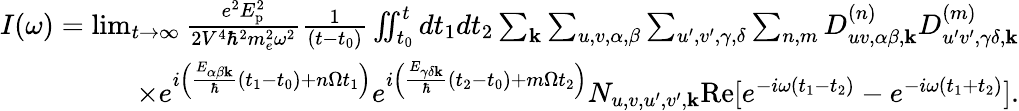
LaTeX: \begin{array}{r}{I(\omega)=\operatorname*{lim}_{t\rightarrow\infty}\frac{e^{2}E_{\textrm{p}}^{2}}{2V^{4}\hbar^{2}m_{e}^{2}\omega^{2}}\frac{1}{(t-t_{0})}\iint_{t_{0}}^{t}dt_{1}dt_{2}\sum_{\mathbf{k}}\sum_{u,v,\alpha,\beta}\sum_{u^{\prime},v^{\prime},\gamma,\delta}\sum_{n,m}D_{uv,\alpha\beta,\mathbf{k}}^{(n)}D_{u^{\prime}v^{\prime},\gamma\delta,\mathbf{k}}^{(m)}}\\ {\times e^{i\left(\frac{E_{\alpha\beta\mathbf{k}}}{\hbar}(t_{1}-t_{0})+n\Omega t_{1}\right)}e^{i\left(\frac{E_{\gamma\delta\mathbf{k}}}{\hbar}(t_{2}-t_{0})+m\Omega t_{2}\right)}N_{u,v,u^{\prime},v^{\prime},\mathbf{k}}\textrm{Re}[e^{-i\omega(t_{1}-t_{2})}-e^{-i\omega(t_{1}+t_{2})}].}\end{array}